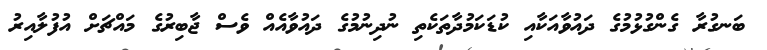
ބަނގުރާ ގެންގުޅުމުގެ ދައުވާއަކާއި ކުޑަކަމުދާތަކެތި ނުދިނުމުގެ ދައުވާއެއް ވެސް ޖާބިރުގެ މައްޗަށް އުފުލާއިރު